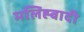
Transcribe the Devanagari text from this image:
मलिह्बादी